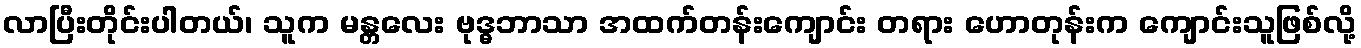
လာပြီးတိုင်းပါတယ်၊ သူက မန္တလေး ဗုဒ္ဓဘာသာ အထက်တန်းကျောင်း တရား ဟောတုန်းက ကျောင်းသူဖြစ်လို့